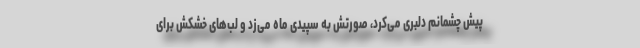
پیش چشمانم دلبری می‌کرد، صورتش به سپیدی ماه می‌زد و لب‌های خشکش برای